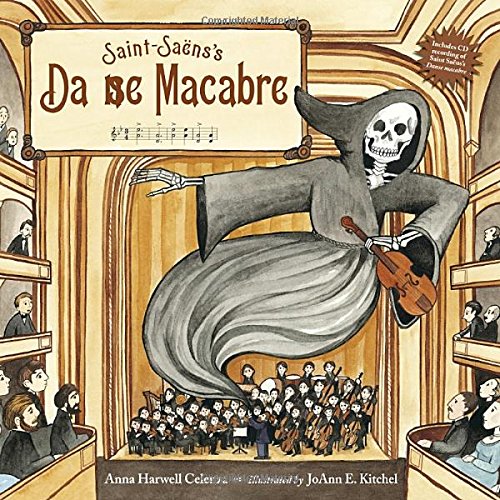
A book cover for Saint-SaÃ«ns's Danse Macabre; Anna Harwell Celenza; Children's Books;